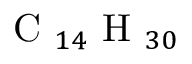
\mathrm { ~ C ~ } _ { 1 4 } \mathrm { ~ H ~ } _ { 3 0 }